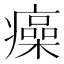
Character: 㿋